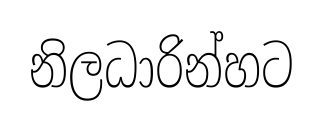
නිලධාරින්හට